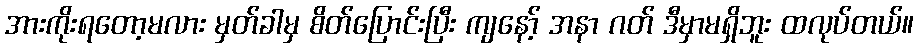
အားကိုးရတော့မလား မှတ်ခါမှ စိတ်ပြောင်းပြီး ကျနော့် အနာ ဂတ် ဒီမှာမရှိဘူး ထလုပ်တယ်။